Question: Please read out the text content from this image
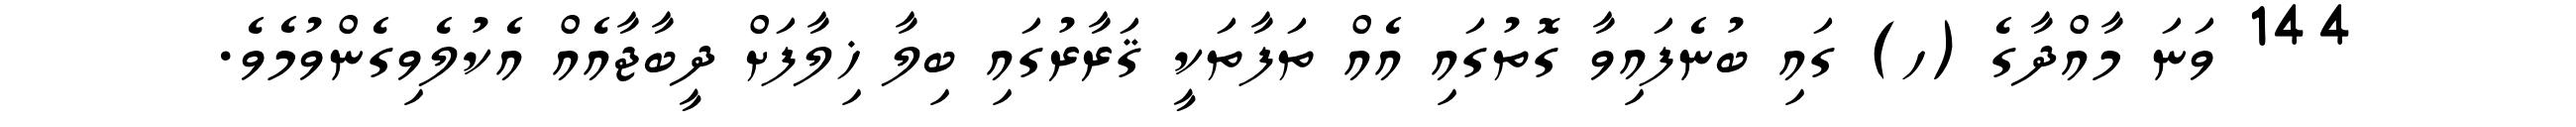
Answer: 144 ވަނަ މާއްދާގެ (ހ) ގައި ބުނެފައިވާ ގޮތުގައި އެއް ތަފާތަކީ ޤަރާރުގައި ބިލާ ޚިލާފަށް ދީބާޖާއެއް އެކުލެވިގެންވުމެވެ.